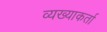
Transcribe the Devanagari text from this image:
व्यख्याकर्ता